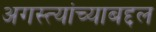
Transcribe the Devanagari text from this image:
अगस्त्यांच्याबद्दल